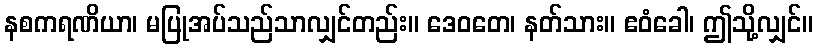
နစကရဏိယာ၊ မပြုအပ်သည်သာလျှင်တည်း။ ဒေဝတေ၊ နတ်သား။ ဧဝံခေါ၊ ဤသို့လျှင်။